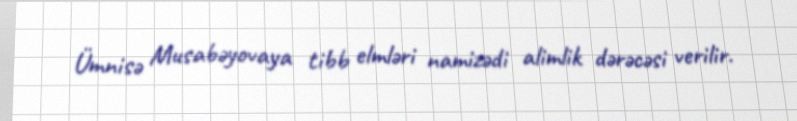
Ümnisə Musabəyovaya tibb elmləri namizədi alimlik dərəcəsi verilir.